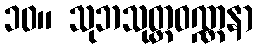
၁၀။ သုဘသုတ္တဝဏ္ဏနာ